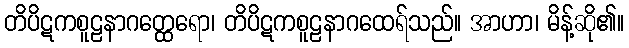
တိပိဋကစူဠနာဂတ္ထေရော၊ တိပိဋကစူဠနာဂထေရ်သည်။ အာဟာ၊ မိန့်ဆို၏။